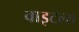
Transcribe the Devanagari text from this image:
वाइटल्स